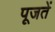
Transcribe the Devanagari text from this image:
पूजतें